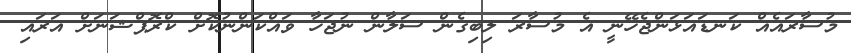
މުސާރައެއް ކަނޑައަޅަންޖެހޭނީ އެ މުސާރަ ލިބިގެން ސަލާން ނުޖަހާ ވައްކަންނުކޮށް ކްރޮޕްޝަނަށް އަރައި